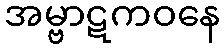
အမ္ဗာဋကဝနေ